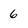
Character: 6